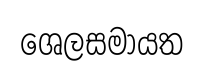
ශෙලසමායත